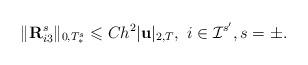
LaTeX: \begin{align*}\| \mathbf{ R}^s_{i3} \|_{0,T_{\ast}^s}\leqslant Ch^2 | \mathbf{ u} |_{2,T}, ~ i\in \mathcal{I}^{s'}, s=\pm.\end{align*}